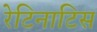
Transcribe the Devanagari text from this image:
रेटिनाटिस